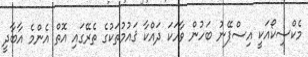
މެކްސިކޯއަކީ އިސްޕޭނު ބަހުން ވާހަކަ ދައްކާ ޤައުމުތަކުގެ ތެރޭގައި އޮތް އެންމެ އާބާދީ